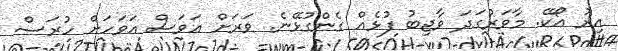
އިރު އޯކޭ. މާވަރުގަދަ ވާޖިބު ފުޅެއް ގެންގުޅޭނެ. ވަރަށް އަވަސް އަވަހަށް ހުރަސް